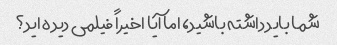
شما باید داشته باشید، اما آیا اخیراً فیلمی دیده اید؟